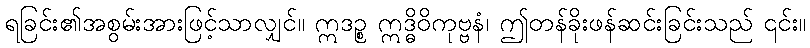
ရခြင်း၏အစွမ်းအားဖြင့်သာလျှင်။ ဣဒဉ္စ ဣဒ္ဓိဝိကုဗ္ဗနံ၊ ဤတန်ခိုးဖန်ဆင်းခြင်းသည် ၎င်း။